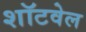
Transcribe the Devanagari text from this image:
शॉटवेल